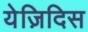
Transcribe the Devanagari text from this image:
येज़िदिस